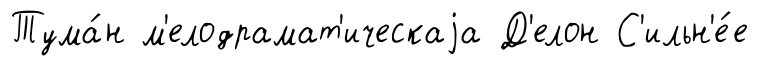
Тума́н м'елодрамат'ическаjа Д'елон С'ильн'е́е